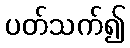
ပတ်သက်၍